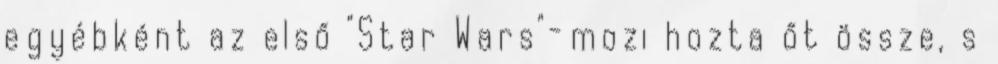
egyébként az első "Star Wars"-mozi hozta őt össze, s